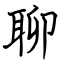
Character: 聊